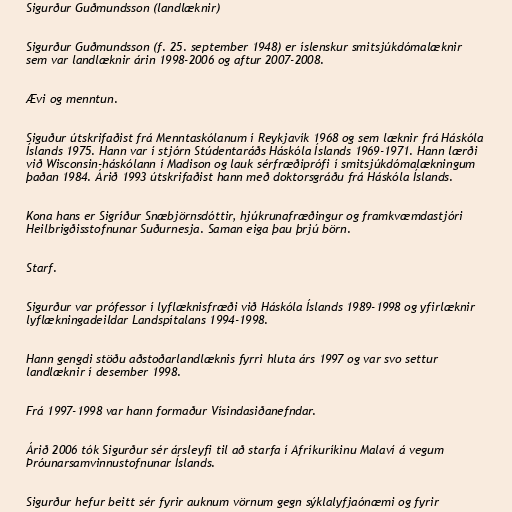
Sigurður Guðmundsson (landlæknir)

Sigurður Guðmundsson (f. 25. september 1948) er íslenskur smitsjúkdómalæknir
sem var landlæknir árin 1998-2006 og aftur 2007-2008.

Ævi og menntun.

Siguður útskrifaðist frá Menntaskólanum í Reykjavík 1968 og sem læknir frá Háskóla
Íslands 1975. Hann var í stjórn Stúdentaráðs Háskóla Íslands 1969-1971. Hann lærði
við Wisconsin-háskólann í Madison og lauk sérfræðiprófi í smitsjúkdómalækningum
þaðan 1984. Árið 1993 útskrifaðist hann með doktorsgráðu frá Háskóla Íslands.

Kona hans er Sigríður Snæbjörnsdóttir, hjúkrunafræðingur og framkvæmdastjóri
Heilbrigðisstofnunar Suðurnesja. Saman eiga þau þrjú börn.

Starf.

Sigurður var prófessor í lyflæknisfræði við Háskóla Íslands 1989-1998 og yfirlæknir
lyflækningadeildar Landspítalans 1994-1998.

Hann gengdi stöðu aðstoðarlandlæknis fyrri hluta árs 1997 og var svo settur
landlæknir í desember 1998.

Frá 1997-1998 var hann formaður Vísindasiðanefndar.

Árið 2006 tók Sigurður sér ársleyfi til að starfa í Afríkuríkinu Malaví á vegum
Þróunarsamvinnustofnunar Íslands.

Sigurður hefur beitt sér fyrir auknum vörnum gegn sýklalyfjaónæmi og fyrir